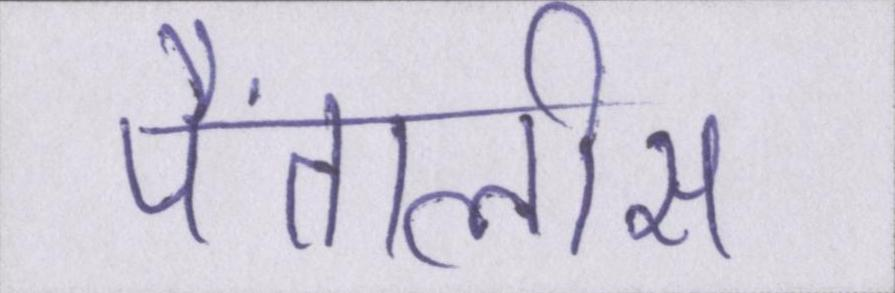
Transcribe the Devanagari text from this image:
पैंतालीस